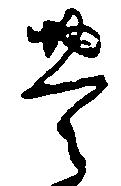
豊